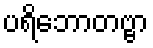
ပရိဘောတဗ္ဗာ